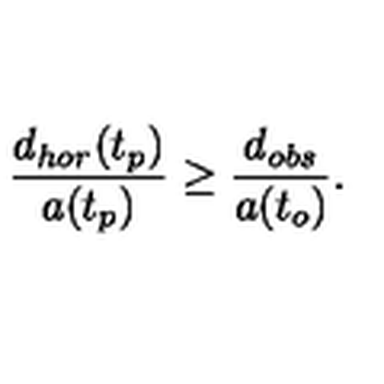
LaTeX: { \frac { d _ { h o r } ( t _ { p } ) } { a ( t _ { p } ) } } \geq { \frac { d _ { o b s } } { a ( t _ { o } ) } } .